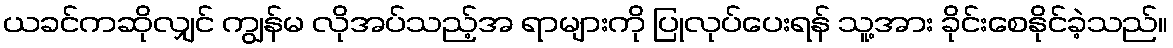
ယခင်ကဆိုလျှင် ကျွန်မ လိုအပ်သည့်အ ရာများကို ပြုလုပ်ပေးရန် သူ့အား ခိုင်းစေနိုင်ခဲ့သည်။